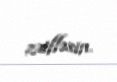
zəifləsin.